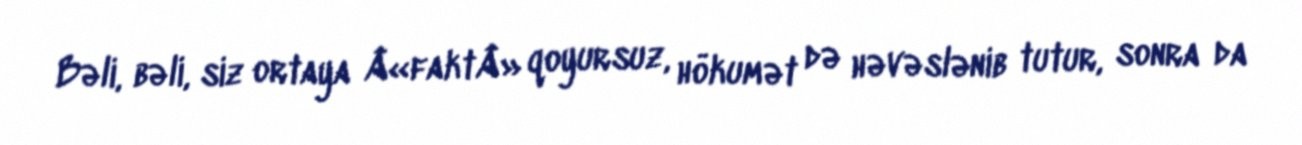
Bəli, bəli, siz ortaya Â«faktÂ» qoyursuz, hökumət də həvəslənib tutur, sonra da